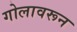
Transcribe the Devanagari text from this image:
गोलावरून